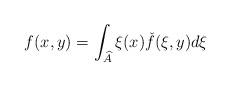
LaTeX: \begin{align*}f(x,y)=\int_{\widehat A}\xi(x)\check f(\xi,y)d\xi\end{align*}